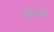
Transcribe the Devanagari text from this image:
स्केबर्स